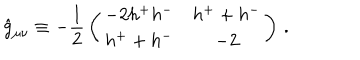
LaTeX: \hat { g } _ { \mu \nu } \equiv - \frac 1 2 \, \left( \begin{array} { c c } { { - 2 h ^ { + } h ^ { - } } } & { { h ^ { + } + h ^ { - } } } \\ { { h ^ { + } + h ^ { - } } } & { { - 2 } } \\ \end{array} \right) \, .